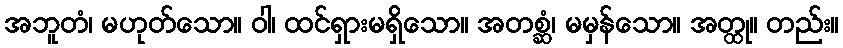
အဘူတံ၊ မဟုတ်သော။ ဝါ၊ ထင်ရှားမရှိသော။ အတစ္ဆံ၊ မမှန်သော။ အတ္ထု။ တည်း။